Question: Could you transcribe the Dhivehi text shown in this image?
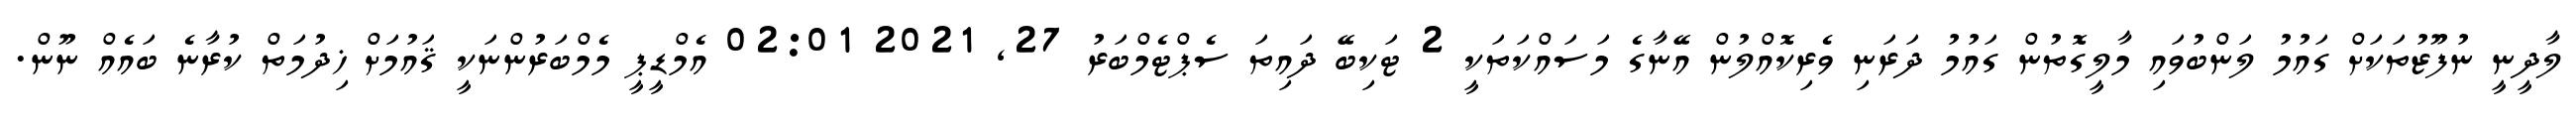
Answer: ލާދީނީ ނުފޫޒުތަކަށް ގައުމު ލަންބުވައި މާލީގޮތުން ގައުމު ދަރަނި ވެރިކޮއްލުން އޭނާގެ މަސައްކަތަކީ 2 ޓަކިބޭ ދައިތަ ސެޕްޓެމްބަރު 27, 2021 02:01 އެމްޑީޕީ މެމްބަރުންނަކީ ޤައުމަށް ޚިދުމަތް ކުރާނެ ބައެއް ނޫން.